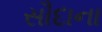
સૌદાના